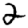
Digit: 2